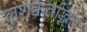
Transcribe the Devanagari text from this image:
लशक्वतद्धिते